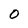
Character: 0